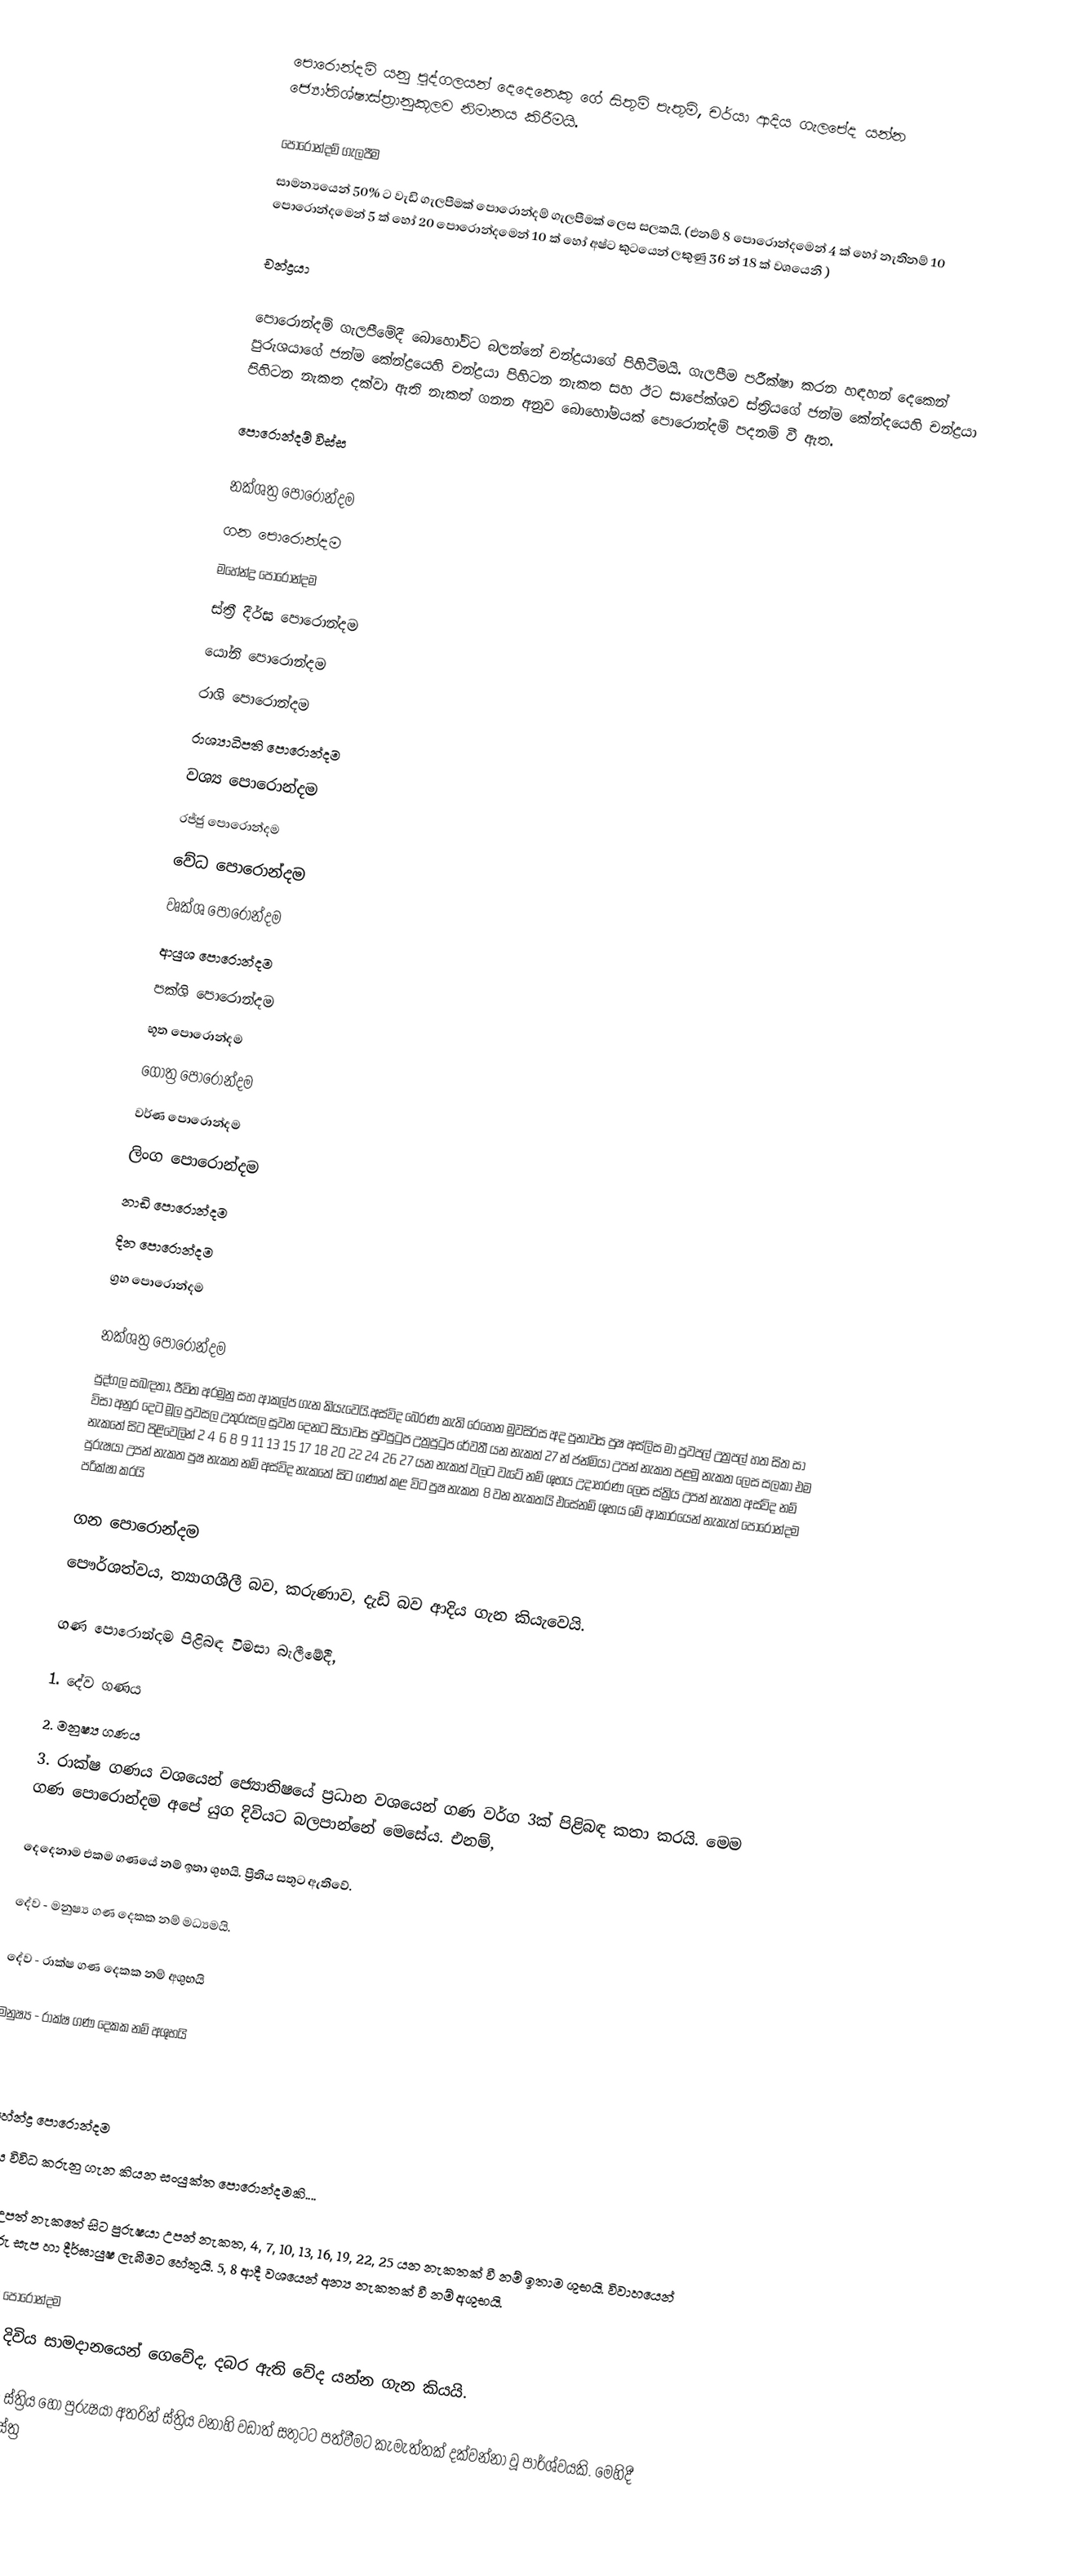
පොරොන්දම් යනු පුද්ගලයන් දෙදෙනෙකු ගේ සිතුම් පැතුම්, චර්යා ආදිය ගැලපේද යන්න ජ්‍යෝතිශ්ෂාස්ත්‍රානුකූලව නිමානය කිරීමයි.

පොරොන්දම් ගැලපීම
 සාමන්‍යයෙන් 50% ට වැඩි ගැලපීමක් පොරොන්දම් ගැලපීමක් ලෙස සලකයි. (එනම් 8 පොරොන්දමෙන් 4 ක් හෝ නැතිනම් 10 පොරොන්දමෙන් 5 ක්  හෝ 20 පොරොන්දමෙන් 10 ක් හෝ අෂ්ට කුටයෙන් ලකුණු 36 න් 18 ක් වශයෙනි )

චන්ද්‍රයා

පොරොන්දම් ගැලපීමේදී බොහෝවිට බලන්නේ චන්ද්‍රයාගේ පිහිටීමයි. ගැලපීම පරීක්ෂා කරන හඳහන් දෙකෙන් පුරුශයාගේ ජන්ම කේන්ද්‍රයෙහි චන්ද්‍රයා පිහිටන නැකත සහ ඊට සාපේක්ශව ස්ත්‍රියගේ ජන්ම කේන්දයෙහි චන්ද්‍රයා පිහිටන නැකත දක්වා ඇති නැකත් ගනන අනුව බොහෝමයක් පොරොන්දම් පදනම් වී ඇත.

පොරොන්දම් විස්ස

 නක්ශත්‍ර පොරොන්දම
 ගන පොරොන්දම
 මහේන්ද්‍ර පොරොන්දම
 ස්ත්‍රී දීර්ඝ පොරොන්දම
 යෝනි පොරොන්දම
 රාශි පොරොන්දම
 රාශ්‍යාධිපති පොරොන්දම
 වශ්‍ය පොරොන්දම
 රජ්ජු පොරොන්දම
 වේධ පොරොන්දම
 වෘක්ශ පොරොන්දම
 ආයුශ පොරොන්දම
 පක්ශි පොරොන්දම
 භූත පොරොන්දම
 ගෝත්‍ර පොරොන්දම
 වර්ණ පොරොන්දම
 ලිංග පොරොන්දම
 නාඩි පොරොන්දම
 දින පොරොන්දම
 ග්‍රහ පොරොන්දම

නක්ශත්‍ර පොරොන්දම
පුද්ගල සබඳතා, ජීවිත අරමුනු සහ ආකල්ප ගැන කියැවෙයි.අස්විද බෙරණ කැති රෙහෙන මුවසිරස අද පුනාවස පුෂ අස්ලිස මා පුවපල් උත්‍රපල් හත සිත සා විසා අනුර දෙට මූල පුවසල උතුරුසල සුවන දෙනට සියාවස පුවපුටුප උත්‍රපුටුප රේවතී යන නැකත් 27 න් ජන්මියා උපන් නැකත පළමු නැකත ලෙස සලකා එම නැකතේ සිට පිළිවෙලින් 2 4 6 8 9 11 13 15 17 18 20 22 24 26 27 යන නැකත් වලට වැටේ නම් ශුභය උදාහරණ ලෙස ස්ත්‍රිය උපන් නැකත අස්විද නම් පුරුෂයා උපන් නැකත පුෂ නැකත නම් අස්විද නැකතේ සිට ගණන් කළ විට පුෂ නැකත 8 වන නැකතයි එසේනම් ශුභය මේ ආකාරයෙන් නැකැත් පොරොන්දම පරික්ෂා කරයි

ගන පොරොන්දම
පෞර්ශත්වය, ත්‍යාගශීලී බව, කරුණාව, දැඩි බව ආදිය ගැන කියැවෙයි.

ගණ පොරොන්දම පිළිබඳ විමසා බැලීමේදී,

1. දේව ගණය
2. මනුෂ්‍ය ගණය
3. රාක්‌ෂ ගණය වශයෙන් ජ්‍යොතිෂයේ ප්‍රධාන වශයෙන් ගණ වර්ග 3ක්‌ පිළිබඳ කතා කරයි. මෙම ගණ පොරොන්දම අපේ යුග දිවියට බලපාන්නේ මෙසේය. එනම්,

දෙදෙනාම එකම ගණයේ නම් ඉතා ශුභයි. ප්‍රීතිය සතුට ඇතිවේ.

දේව - මනුෂ්‍ය ගණ දෙකක නම් මධ්‍යමයි.

දේව - රාක්‌ෂ ගණ දෙකක නම් අශුභයි

මනුෂ්‍ය - රාක්‌ෂ ගණ දෙකක නම් අශුභයි

.

මහේන්ද්‍ර පොරොන්දම
මෙය විවිධ කරුනු ගැන කියන සංයුක්ත පොරොන්දමකි....

ස්‌ත්‍රී උපත් නැකතේ සිට පුරුෂයා උපන් නැකත, 4, 7, 10, 13, 16, 19, 22, 25 යන නැකතක්‌ වී නම් ඉතාම ශුභයි. විවාහයෙන් පසු දරු සැප හා දීර්ඝායුෂ ලැබීමට හේතුයි. 5, 8 ආදී වශයෙන් අන්‍ය නැකතක්‌ වී නම් අශුභයි.

ස්ත්‍රී දීර්ඝ පොරොන්දම
විවාහ දිවිය සාමදානයෙන් ගෙවේද, දබර ඇති වේද යන්න ගැන කියයි.

පෘථග්ජන ස්‌ත්‍රිය හෝ පුරුෂයා අතරින් ස්‌ත්‍රිය වනාහි වඩාත් සතුටට පත්වීමට කැමැත්තක්‌ දක්‌වන්නා වූ පාර්ශ්වයකි. මෙහිදී පුරුෂයාට ස්‌ත්‍ර